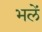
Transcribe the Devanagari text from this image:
भलें